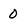
Character: 0